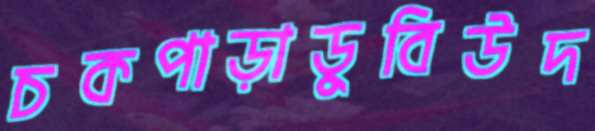
চকপাড়াডুবিউদ